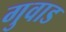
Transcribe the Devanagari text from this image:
गुवाड